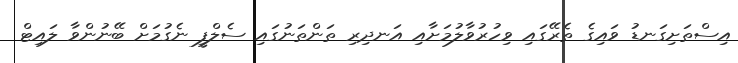
އިސްތަށިގަނޑު ވައިގެ ތެރޭގައި ވިހުރުވާލުމަށާއި އަނދިރި ތަންތަނުގައި ސެލްފީ ނެގުމަށް ބޭނުންވާ ލައިޓް